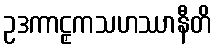
ဥဒကာဠှကသဟဿာနီတိ